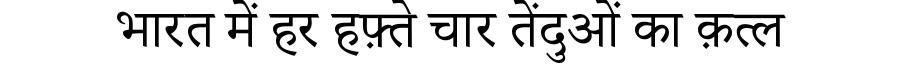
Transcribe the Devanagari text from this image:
भारत में हर हफ़्ते चार तेंदुओं का क़त्ल